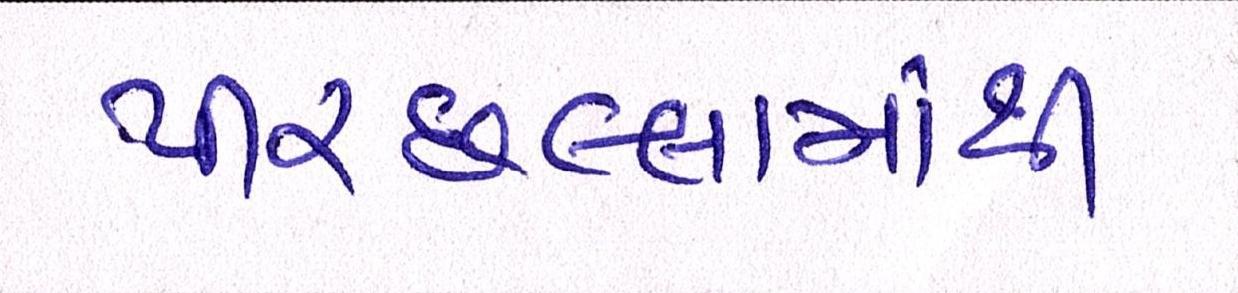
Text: પીરછલ્લામાંથી